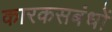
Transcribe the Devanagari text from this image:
कारकसबंधों